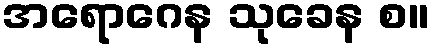
အရောဂေန သုခေန စ။